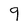
Character: 9